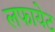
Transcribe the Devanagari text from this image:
लफायेट